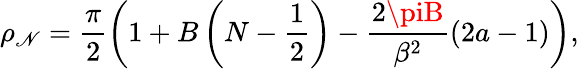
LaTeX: \rho_{\mathscr{N}}=\frac{{\pi}}{{2}}\left(1+B\left(N-\frac{{1}}{{2}}\right)-\frac{{2\piB}}{{\beta^{2}}}(2a-1)\right),